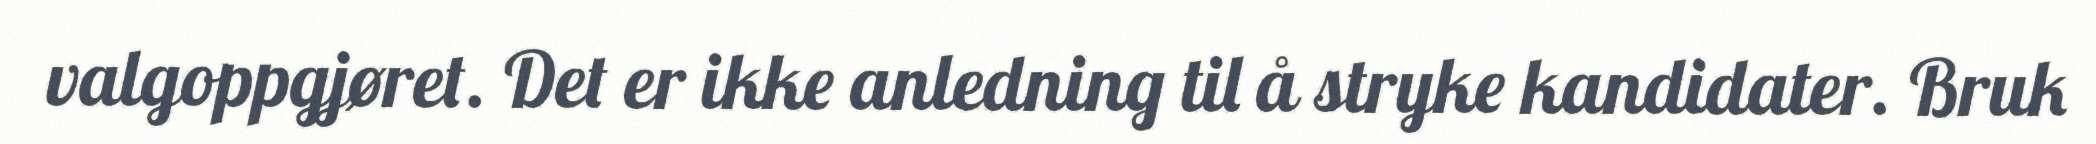
valgoppgjøret. Det er ikke anledning til å stryke kandidater. Bruk